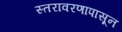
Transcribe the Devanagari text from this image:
स्तरावरणापासून